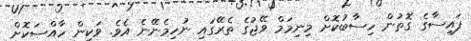
ފައިސާގެ ގޮތުން ހިސާބުކޮށް މިނިމަމް ވޭޖުގެ ތެރޭގައި ނުހިމެނޭނެ އެވެ. ވަކިން ހާއްސަކޮށް